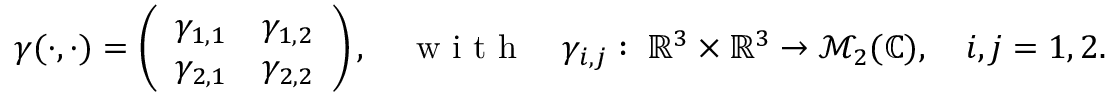
\begin{array} { r } { \gamma ( \cdot , \cdot ) = \left( \begin{array} { l l } { \gamma _ { 1 , 1 } } & { \gamma _ { 1 , 2 } } \\ { \gamma _ { 2 , 1 } } & { \gamma _ { 2 , 2 } } \end{array} \right) , \quad \textrm { w i t h } \quad \gamma _ { i , j } : \; \mathbb { R } ^ { 3 } \times \mathbb { R } ^ { 3 } \to \mathcal { M } _ { 2 } ( \mathbb { C } ) , \quad i , j = 1 , 2 . } \end{array}